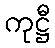
ကုဋ္ဌီ